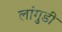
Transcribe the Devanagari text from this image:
लांगुडी